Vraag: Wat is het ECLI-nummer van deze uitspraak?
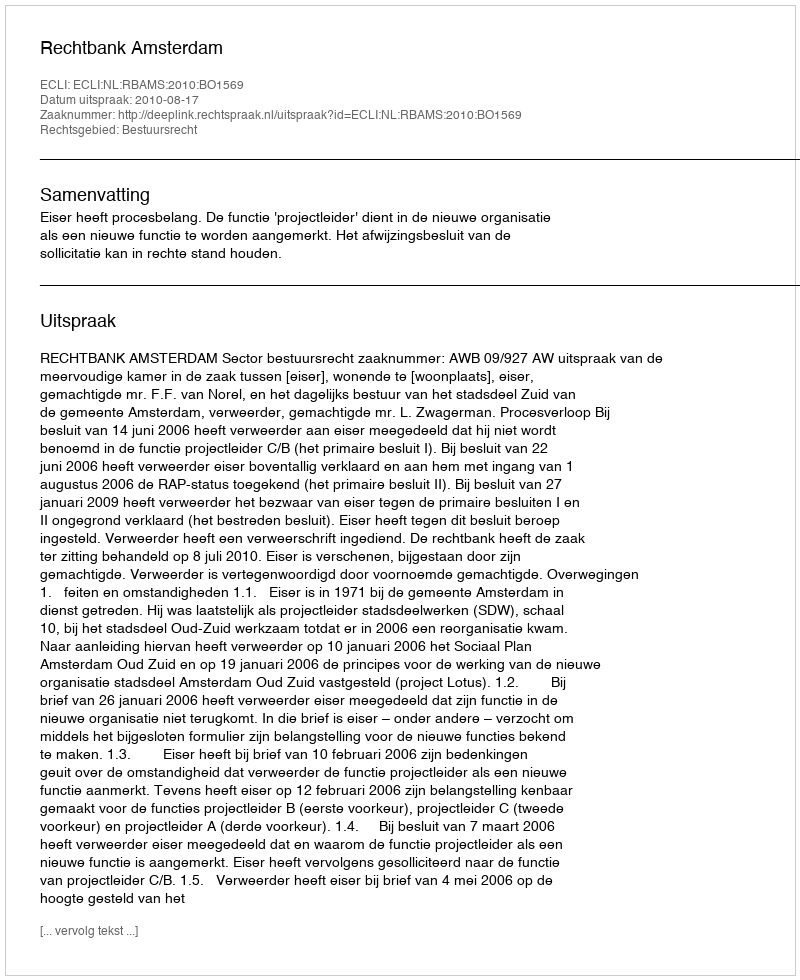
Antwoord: ECLI:NL:RBAMS:2010:BO1569